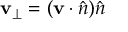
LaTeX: \mathbf { v } _ { \perp } = ( \mathbf { v } \cdot { \hat { n } } ) { \hat { n } }